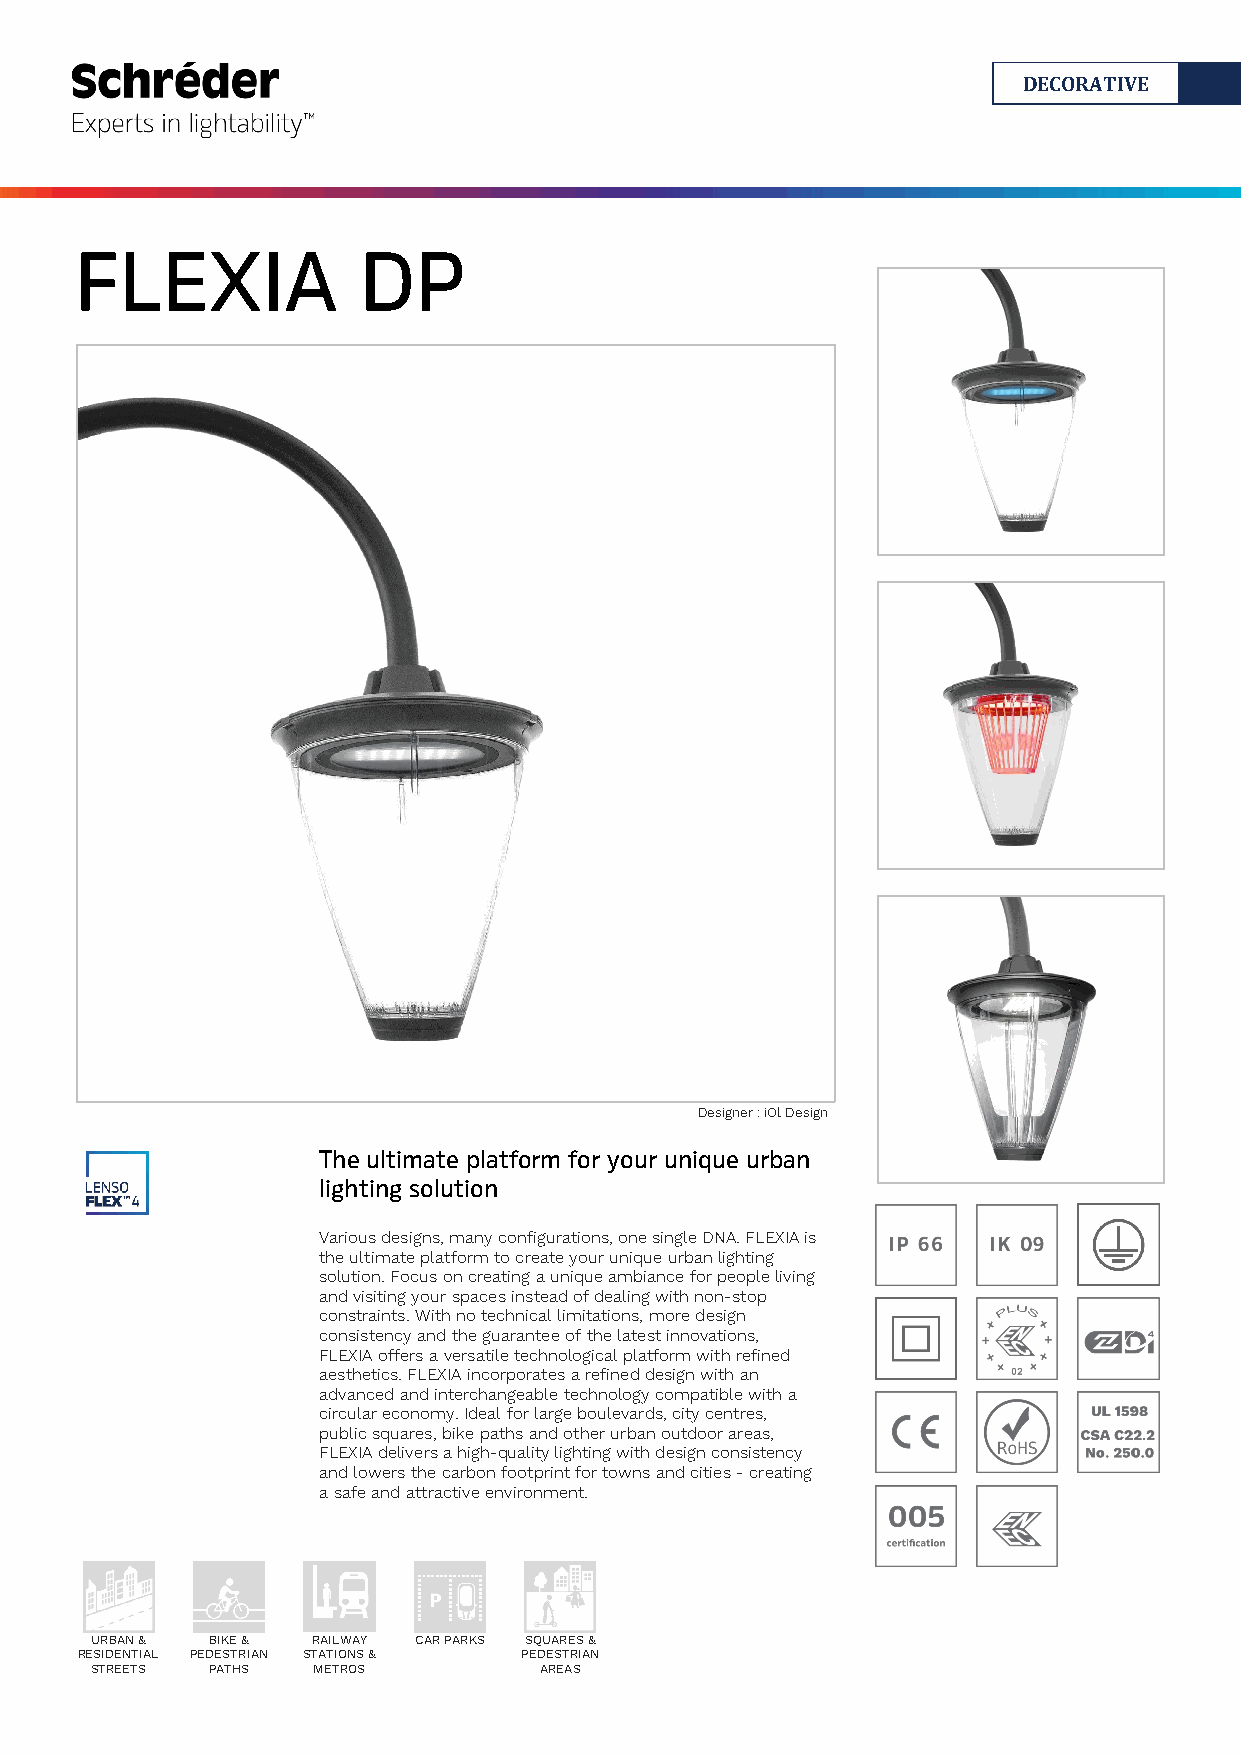
DECORATIVE
 FLEXIA             DP
 Designer : iOl Design
 The ultimate platform for your unique urban
 lighting solution
 Various designs, many configurations, one single DNA. FLEXIA is
 the ultimate platform to create your unique urban lighting
 solution. Focus on creating a unique ambiance for people living
 and visiting your spaces instead of dealing with non-stop
 constraints. With no technical limitations, more design
 consistency and the guarantee of the latest innovations,
 FLEXIA offers a versatile technological platform with refined
 aesthetics. FLEXIA incorporates a refined design with an
 advanced and interchangeable technology compatible with a
 circular economy. Ideal for large boulevards, city centres,
 public squares, bike paths and other urban outdoor areas,
 FLEXIA delivers a high-quality lighting with design consistency
 and lowers the carbon footprint for towns and cities - creating
 a safe and attractive environment.
 URBAN & BIKE & RAILWAY CAR PARKS SQUARES &
 RESIDENTIAL PEDESTRIAN STATIONS & PEDESTRIAN
 STREETS PATHS  METROS         AREAS